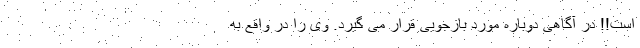
است!! در آگاهی دوباره مورد بازجویی قرار می گیرد. وی را در واقع به